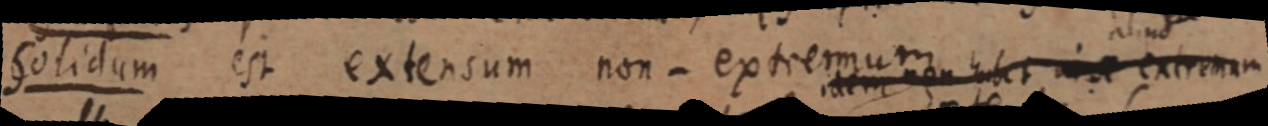
Solidum est extensum non-extremum habet in _ extremum